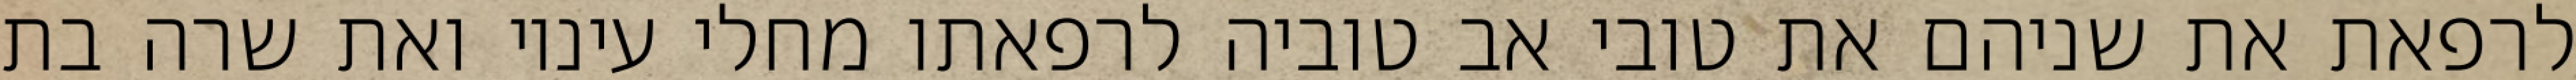
לרפאת את שניהם את טובי אב טוביה לרפאתו מחלי עיניו ואת שרה בת